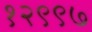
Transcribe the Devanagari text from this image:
१२९९७